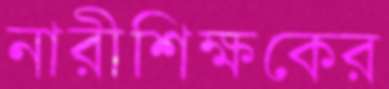
নারীশিক্ষকের